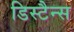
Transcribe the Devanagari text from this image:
डिस्टैन्स